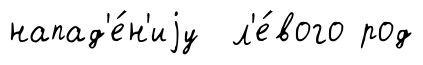
напад'е́н'иjу л'е́вого род